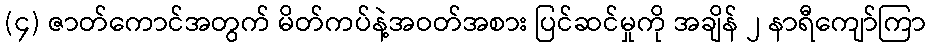
(၄) ဇာတ်ကောင်အတွက် မိတ်ကပ်နဲ့အဝတ်အစား ပြင်ဆင်မှုကို အချိန် ၂ နာရီကျော်ကြာ